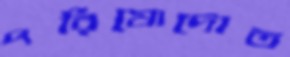
পরিষোদোত